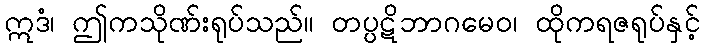
ဣဒံ၊ ဤကသိုဏ်းရုပ်သည်။ တပ္ပဋိဘာဂမေဝ၊ ထိုကရဇရုပ်နှင့်